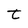
Character: t